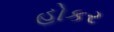
હોકર